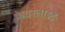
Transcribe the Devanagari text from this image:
फेयरलाइट